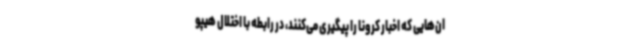
ان‌هایی که اخبار کرونا را پیگیری می‌کنند، در رابطه با اختلال هیپو